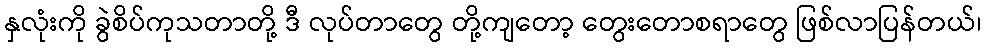
နှလုံးကို ခွဲစိပ်ကုသတာတို့ ဒီ လုပ်တာတွေ တို့ကျတော့ တွေးတောစရာတွေ ဖြစ်လာပြန်တယ်၊